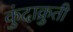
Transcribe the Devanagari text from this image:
कुंदाक्रुती